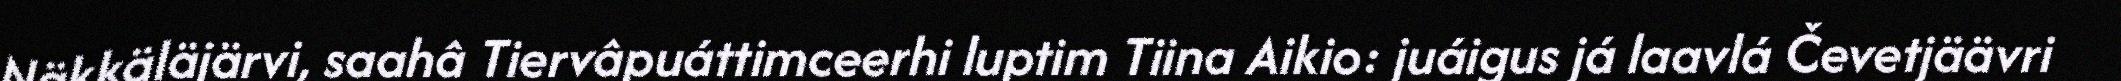
Näkkäläjärvi, saahâ Tiervâpuáttimceerhi luptim Tiina Aikio: juáigus já laavlá Čevetjäävri